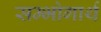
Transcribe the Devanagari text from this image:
सम्भोगार्थ